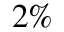
2 \%